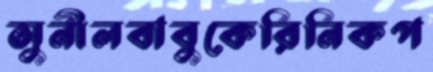
সুনীলবাবুকেরিনিকপ